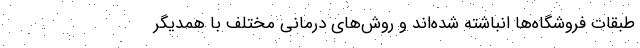
طبقات فروشگاه‌ها انباشته شده‌اند و روش‌های درمانی مختلف با همدیگر